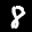
Label: 8